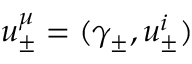
u _ { \pm } ^ { \mu } = ( \gamma _ { \pm } , u _ { \pm } ^ { i } )